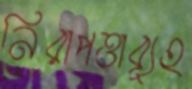
নিরাপত্তাব্যূহ